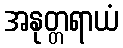
အနုတ္တရာယံ